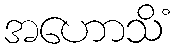
အဟောသိံ